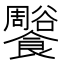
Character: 𩟨